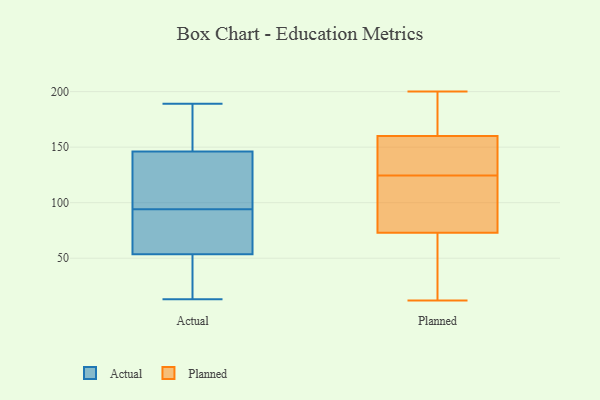
{"axis": {"x": "Budget (USD K)", "y": "Value"}, "legend": ["Actual", "Planned"], "data": [{"x": "", "y": 58, "type": "Actual"}, {"x": "", "y": 45, "type": "Actual"}, {"x": "", "y": 13, "type": "Actual"}, {"x": "", "y": 189, "type": "Actual"}, {"x": "", "y": 158, "type": "Actual"}, {"x": "", "y": 29, "type": "Actual"}, {"x": "", "y": 103, "type": "Actual"}, {"x": "", "y": 164, "type": "Actual"}, {"x": "", "y": 53, "type": "Actual"}, {"x": "", "y": 87, "type": "Actual"}, {"x": "", "y": 125, "type": "Actual"}, {"x": "", "y": 153, "type": "Actual"}, {"x": "", "y": 102, "type": "Actual"}, {"x": "", "y": 94, "type": "Actual"}, {"x": "", "y": 55, "type": "Actual"}, {"x": "", "y": 194, "type": "Planned"}, {"x": "", "y": 131, "type": "Planned"}, {"x": "", "y": 98, "type": "Planned"}, {"x": "", "y": 138, "type": "Planned"}, {"x": "", "y": 122, "type": "Planned"}, {"x": "", "y": 167, "type": "Planned"}, {"x": "", "y": 160, "type": "Planned"}, {"x": "", "y": 200, "type": "Planned"}, {"x": "", "y": 12, "type": "Planned"}, {"x": "", "y": 127, "type": "Planned"}, {"x": "", "y": 73, "type": "Planned"}, {"x": "", "y": 44, "type": "Planned"}, {"x": "", "y": 47, "type": "Planned"}, {"x": "", "y": 199, "type": "Planned"}, {"x": "", "y": 80, "type": "Planned"}, {"x": "", "y": 159, "type": "Planned"}, {"x": "", "y": 88, "type": "Planned"}, {"x": "", "y": 35, "type": "Planned"}]}